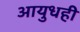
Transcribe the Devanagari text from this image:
आयुधही